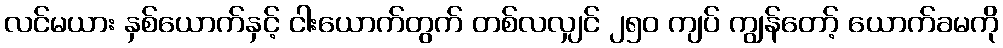
လင်မယား နှစ်ယောက်နှင့် ငါးယောက်တွက် တစ်လလျှင် ၂၅၀ ကျပ် ကျွန်တော့် ယောက်ခမကို